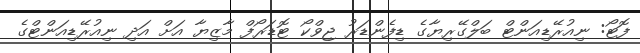
ފޮޓޯ: ނިއުރޭޑިއަންޓް ބަލްގޭރިޔާގެ ޑިފެންޑަރު ޖިވްކޯ ޓޮޑަރޯފް މާޒިޔާ އަށް އަދި ނިއުރޭޑިއަންޓްގެ